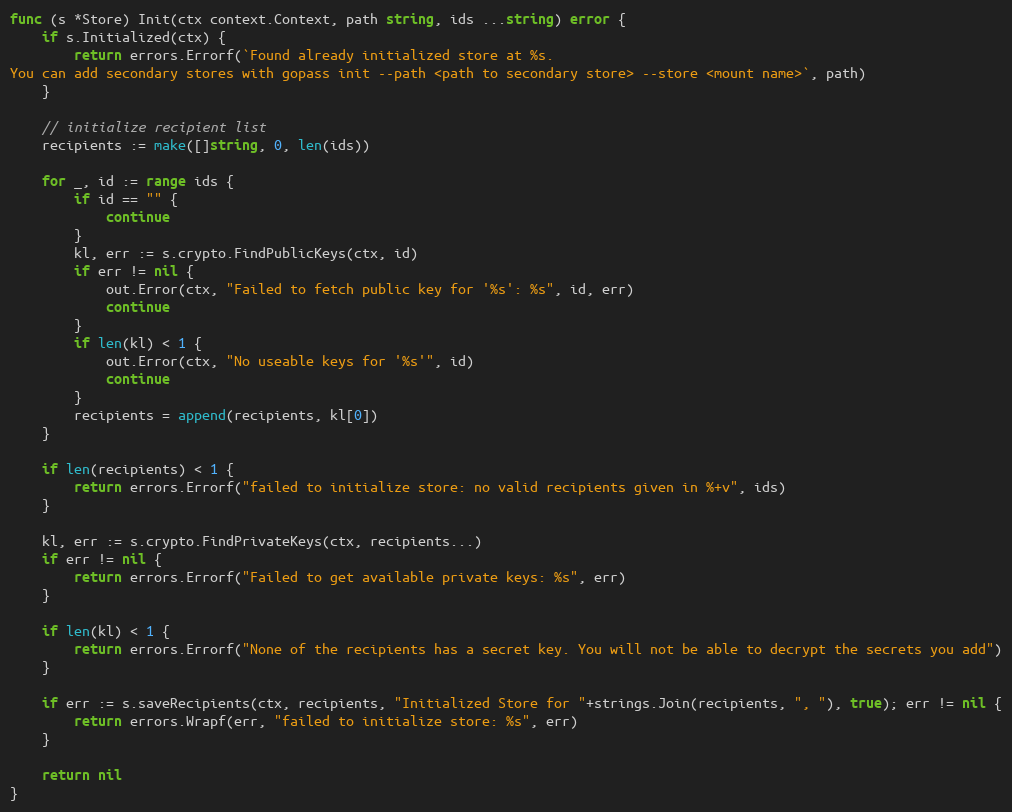
Language: Go
func (s *Store) Init(ctx context.Context, path string, ids ...string) error {
	if s.Initialized(ctx) {
		return errors.Errorf(`Found already initialized store at %s.
You can add secondary stores with gopass init --path <path to secondary store> --store <mount name>`, path)
	}

	// initialize recipient list
	recipients := make([]string, 0, len(ids))

	for _, id := range ids {
		if id == "" {
			continue
		}
		kl, err := s.crypto.FindPublicKeys(ctx, id)
		if err != nil {
			out.Error(ctx, "Failed to fetch public key for '%s': %s", id, err)
			continue
		}
		if len(kl) < 1 {
			out.Error(ctx, "No useable keys for '%s'", id)
			continue
		}
		recipients = append(recipients, kl[0])
	}

	if len(recipients) < 1 {
		return errors.Errorf("failed to initialize store: no valid recipients given in %+v", ids)
	}

	kl, err := s.crypto.FindPrivateKeys(ctx, recipients...)
	if err != nil {
		return errors.Errorf("Failed to get available private keys: %s", err)
	}

	if len(kl) < 1 {
		return errors.Errorf("None of the recipients has a secret key. You will not be able to decrypt the secrets you add")
	}

	if err := s.saveRecipients(ctx, recipients, "Initialized Store for "+strings.Join(recipients, ", "), true); err != nil {
		return errors.Wrapf(err, "failed to initialize store: %s", err)
	}

	return nil
}